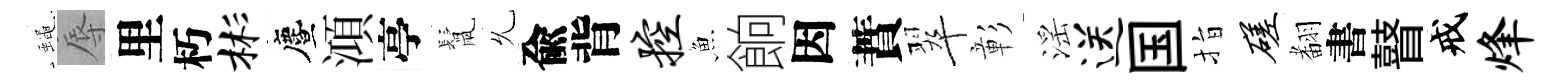
蠅辱里朽彬󵨌澒亭鬛𠃔兪背控魚餉因蕡翠彰滛送国指磋𮋒書瞽戒烽